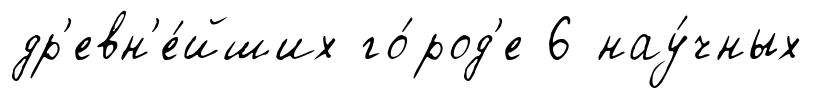
др'евн'е́йших го́род'е 6 нау́чных